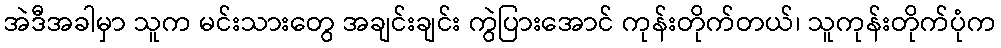
အဲဒီအခါမှာ သူက မင်းသားတွေ အချင်းချင်း ကွဲပြားအောင် ကုန်းတိုက်တယ်၊ သူကုန်းတိုက်ပုံက